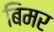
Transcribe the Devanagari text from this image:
बिमर